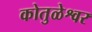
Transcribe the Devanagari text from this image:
कोतुळेश्वर